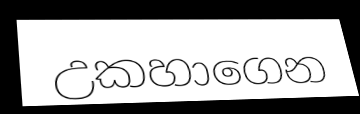
උකහාගෙන